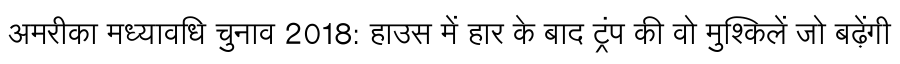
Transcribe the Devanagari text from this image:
अमरीका मध्यावधि चुनाव 2018: हाउस में हार के बाद ट्रंप की वो मुश्किलें जो बढ़ेंगी